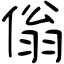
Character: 傟